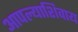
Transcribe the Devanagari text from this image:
आपल्याशिवाय